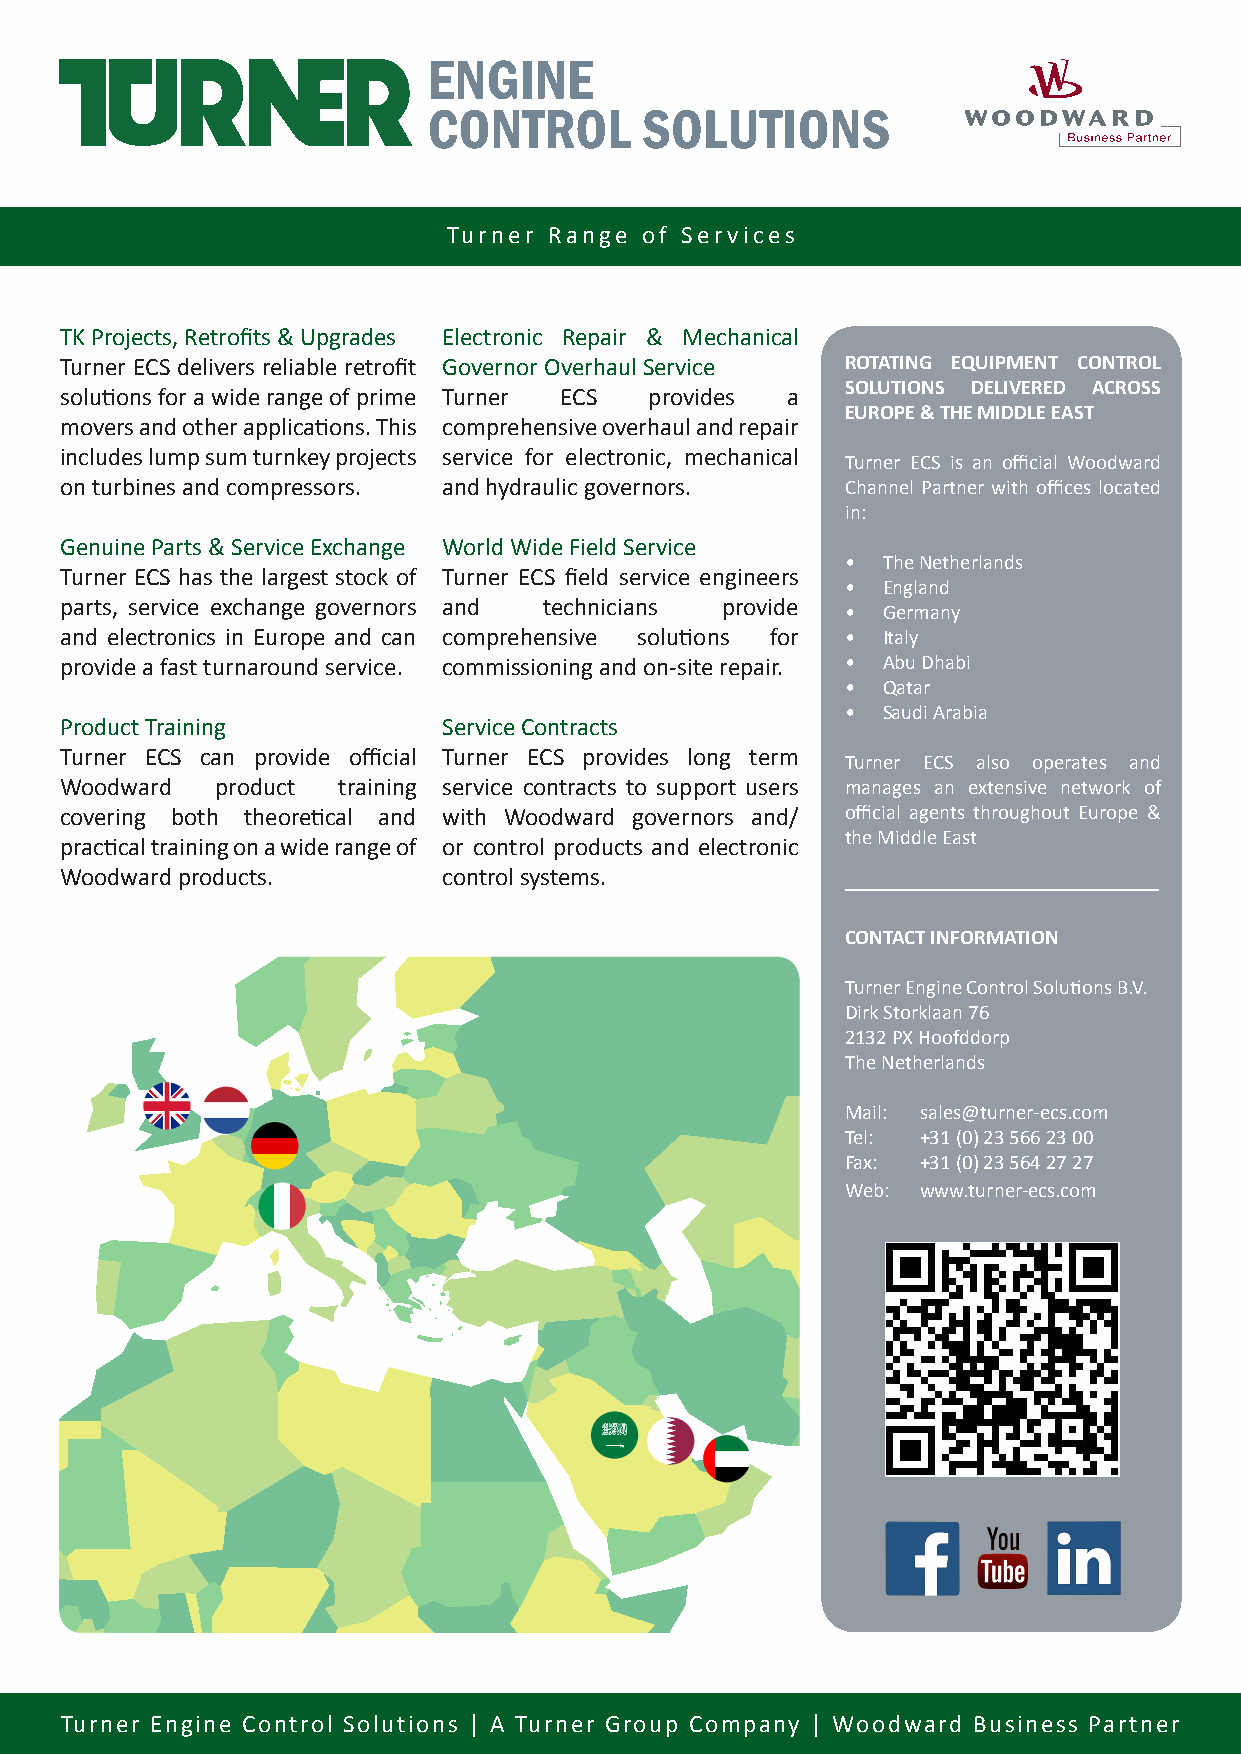
Turner Range of Services                                                                                               October 2019
 TK Projects, Retrofits & Upgrades Electronic Repair & Mechanical
 Turner ECS delivers reliable retrofit Governor Overhaul Service ROTATING EQUIPMENT CONTROL
 SOLUTIONS DELIVERED ACROSS
 solutions for a wide range of prime Turner ECS provides a
 EUROPE & THE MIDDLE EAST
 movers and other applications. This comprehensive overhaul and repair
 includes lump sum turnkey projects service for electronic, mechanical
 Turner ECS is an official Woodward
 on turbines and compressors. and hydraulic governors. Channel Partner with offices located
 in:
 Genuine Parts & Service Exchange World Wide Field Service
 • The Netherlands
 Turner ECS has the largest stock of Turner ECS field service engineers
 • England
 parts, service exchange governors and technicians provide
 • Germany
 and electronics in Europe and can comprehensive solutions for • Italy
 provide a fast turnaround service. commissioning and on-site repair. • Abu Dhabi
 • Qatar
 • Saudi Arabia
 Product Training         Service Contracts
 Turner ECS can provide official Turner ECS provides long term
 Turner ECS also operates and
 Woodward  product training service contracts to support users manages an extensive network of
 covering both theoretical and with Woodward governors and/ official agents throughout Europe &
 the Middle East
 practical training on a wide range of or control products and electronic
 Woodward products.       control systems.
 CONTACT INFORMATION
 Turner Engine Control Solutions B.V.
 Dirk Storklaan 76
 2132 PX Hoofddorp
 The Netherlands
 Mail: sales@turner-ecs.com
 Tel: +31 (0) 23 566 23 00
 Fax: +31 (0) 23 564 27 27
 Web: www.turner-ecs.com
 Turner Engine Control Solutions | A Turner Group Company | Woodward Business Partner Turner Engine Control Solutions | A Turner Group Company | Woodward Business Partner